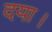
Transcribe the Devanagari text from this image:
दया।